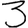
Digit: 3